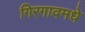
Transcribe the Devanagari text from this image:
गिरगावमधे